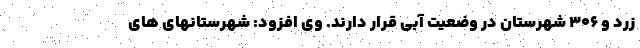
زرد و ۳۰۶ شهرستان در وضعیت آبی قرار دارند. وی افزود: شهرستانهای های